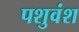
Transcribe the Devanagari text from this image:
पशुवंश